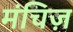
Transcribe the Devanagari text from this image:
मंचिज़